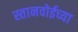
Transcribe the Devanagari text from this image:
स्तानवोईच्या